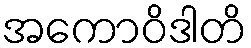
အကောဝိဒါတိ